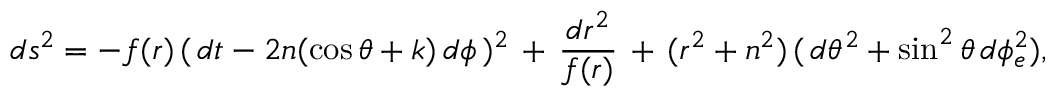
d s ^ { 2 } = - f ( r ) \, ( \, d t - 2 n ( \cos { \theta } + k ) \, d \phi \, ) ^ { 2 } \, + \, \frac { d r ^ { 2 } } { f ( r ) } \, + \, ( r ^ { 2 } + n ^ { 2 } ) \, ( \, d \theta ^ { 2 } + \sin ^ { 2 } { \theta } \, d \phi _ { e } ^ { 2 } ) ,